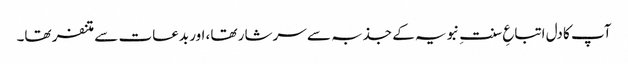
آپ کا دل اتباعِ سنتِ نبویہ کے جذبہ سے سرشار تھا، اور بدعات سے متنفر تھا۔